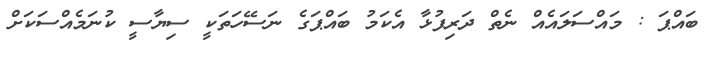
ބައްޕަ : މައްސަލައެއް ނެތް ދަރިފުޅާ އެކަމު ބައްޕަގެ ނަސޭހަތަކީ ސިޔާސީ ކުނަމެއްސަކަށް